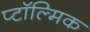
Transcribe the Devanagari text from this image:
प्टॉल्मिक